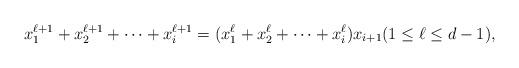
LaTeX: \begin{align*} x_1^{\ell+1} + x_2^{\ell+1} + \cdots + x_i^{\ell+1} = (x_1^{\ell} + x_2^{\ell} + \cdots + x_i^{\ell} )x_{i+1} (1\le \ell\le d-1),\end{align*}